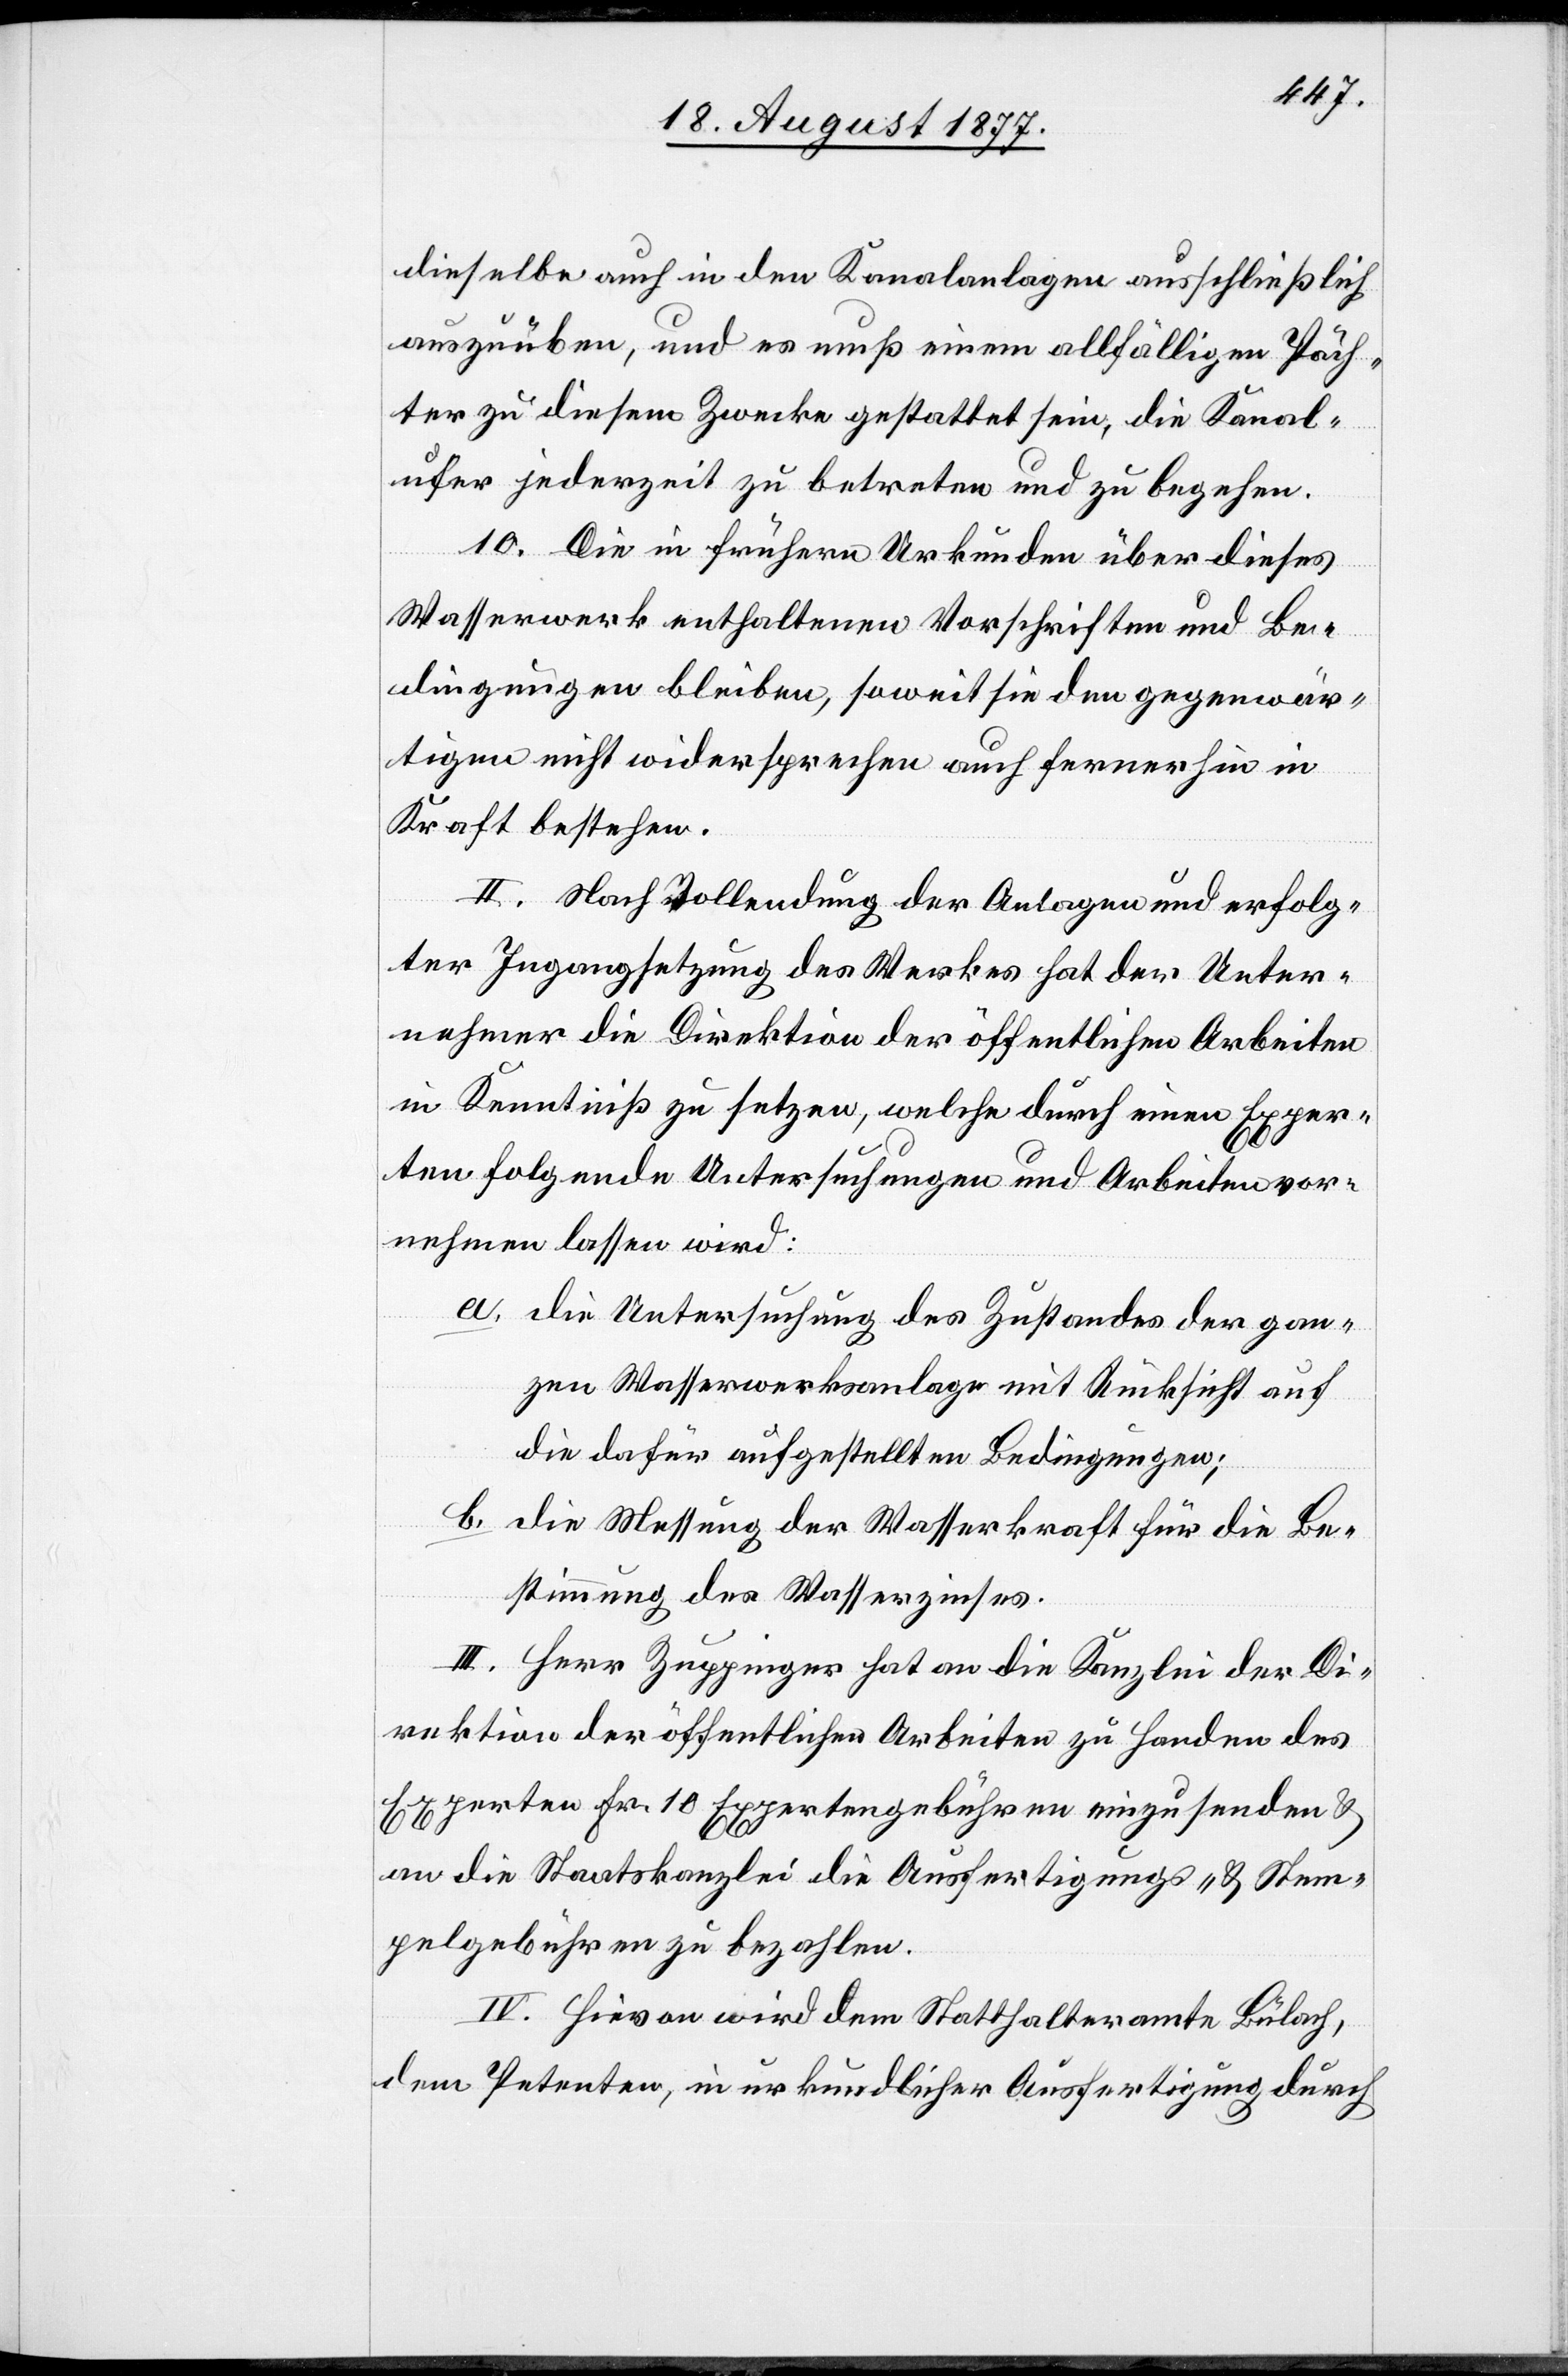
dieselbe auch in den Kanalanlagen ausschließlich
auszuüben, und es muß einem allfälligen Päch¬
ter zu diesem Zwecke gestattet sein, die Kanal¬
ufer jederzeit zu betreten und zu begehen.
10. Die in frühern Urkunden über dieses
Wasserwerk enthaltenen Vorschriften und Be¬
dingungen bleiben, soweit sie den gegenwär¬
tigen nicht widersprechen auch fernerhin in
Kraft bestehen.
II. Nach Vollendung der Anlagen und erfolg¬
ter Ingangsetzung des Werkes hat der Unter¬
nehmer die Direktion der öffentlichen Arbeiten
in Kenntniß zu setzen, welche durch einen Exper¬
ten folgende Untersuchungen und Arbeiten vor¬
nehmen lassen wird:
die Untersuchung des Zustandes der gan¬
zen Wasserwerksanlage mit Rücksicht auf
die dafür aufgestellten Bedingungen;
die Messung der Wasserkraft für die Be¬
stimmung des Wasserzinses.
III. Herr Zuppinger hat an die Kanzlei der Di¬
rektion der öffentlichen Arbeiten zu Handen des
Experten Fr. 10 Expertengebühren einzusenden &
an die Staatskanzlei die Ausfertigungs- & Stem¬
pelgebühren zu bezahlen.
IV. Hievon wird dem Statthalteramte Bülach,
dem Petenten, in urkundlicher Ausfertigung durch